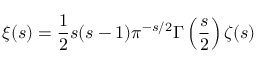
\xi ( s ) = { \frac { 1 } { 2 } } s ( s - 1 ) \pi ^ { - s / 2 } \Gamma \left( { \frac { s } { 2 } } \right) \zeta ( s )